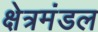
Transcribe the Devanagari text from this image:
क्षेत्रमंडल